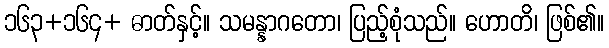
၁၆၃+၁၆၄+ ဓာတ်နှင့်။ သမန္နာဂတော၊ ပြည့်စုံသည်။ ဟောတိ၊ ဖြစ်၏။